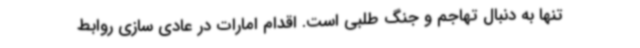
تنها به دنبال تهاجم و جنگ طلبی است. اقدام امارات در عادی سازی روابط